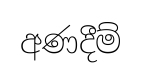
අණදීම්